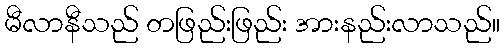
မီလာနီသည် တဖြည်းဖြည်း အားနည်းလာသည်။